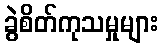
ခွဲစိတ်ကုသမှုများ